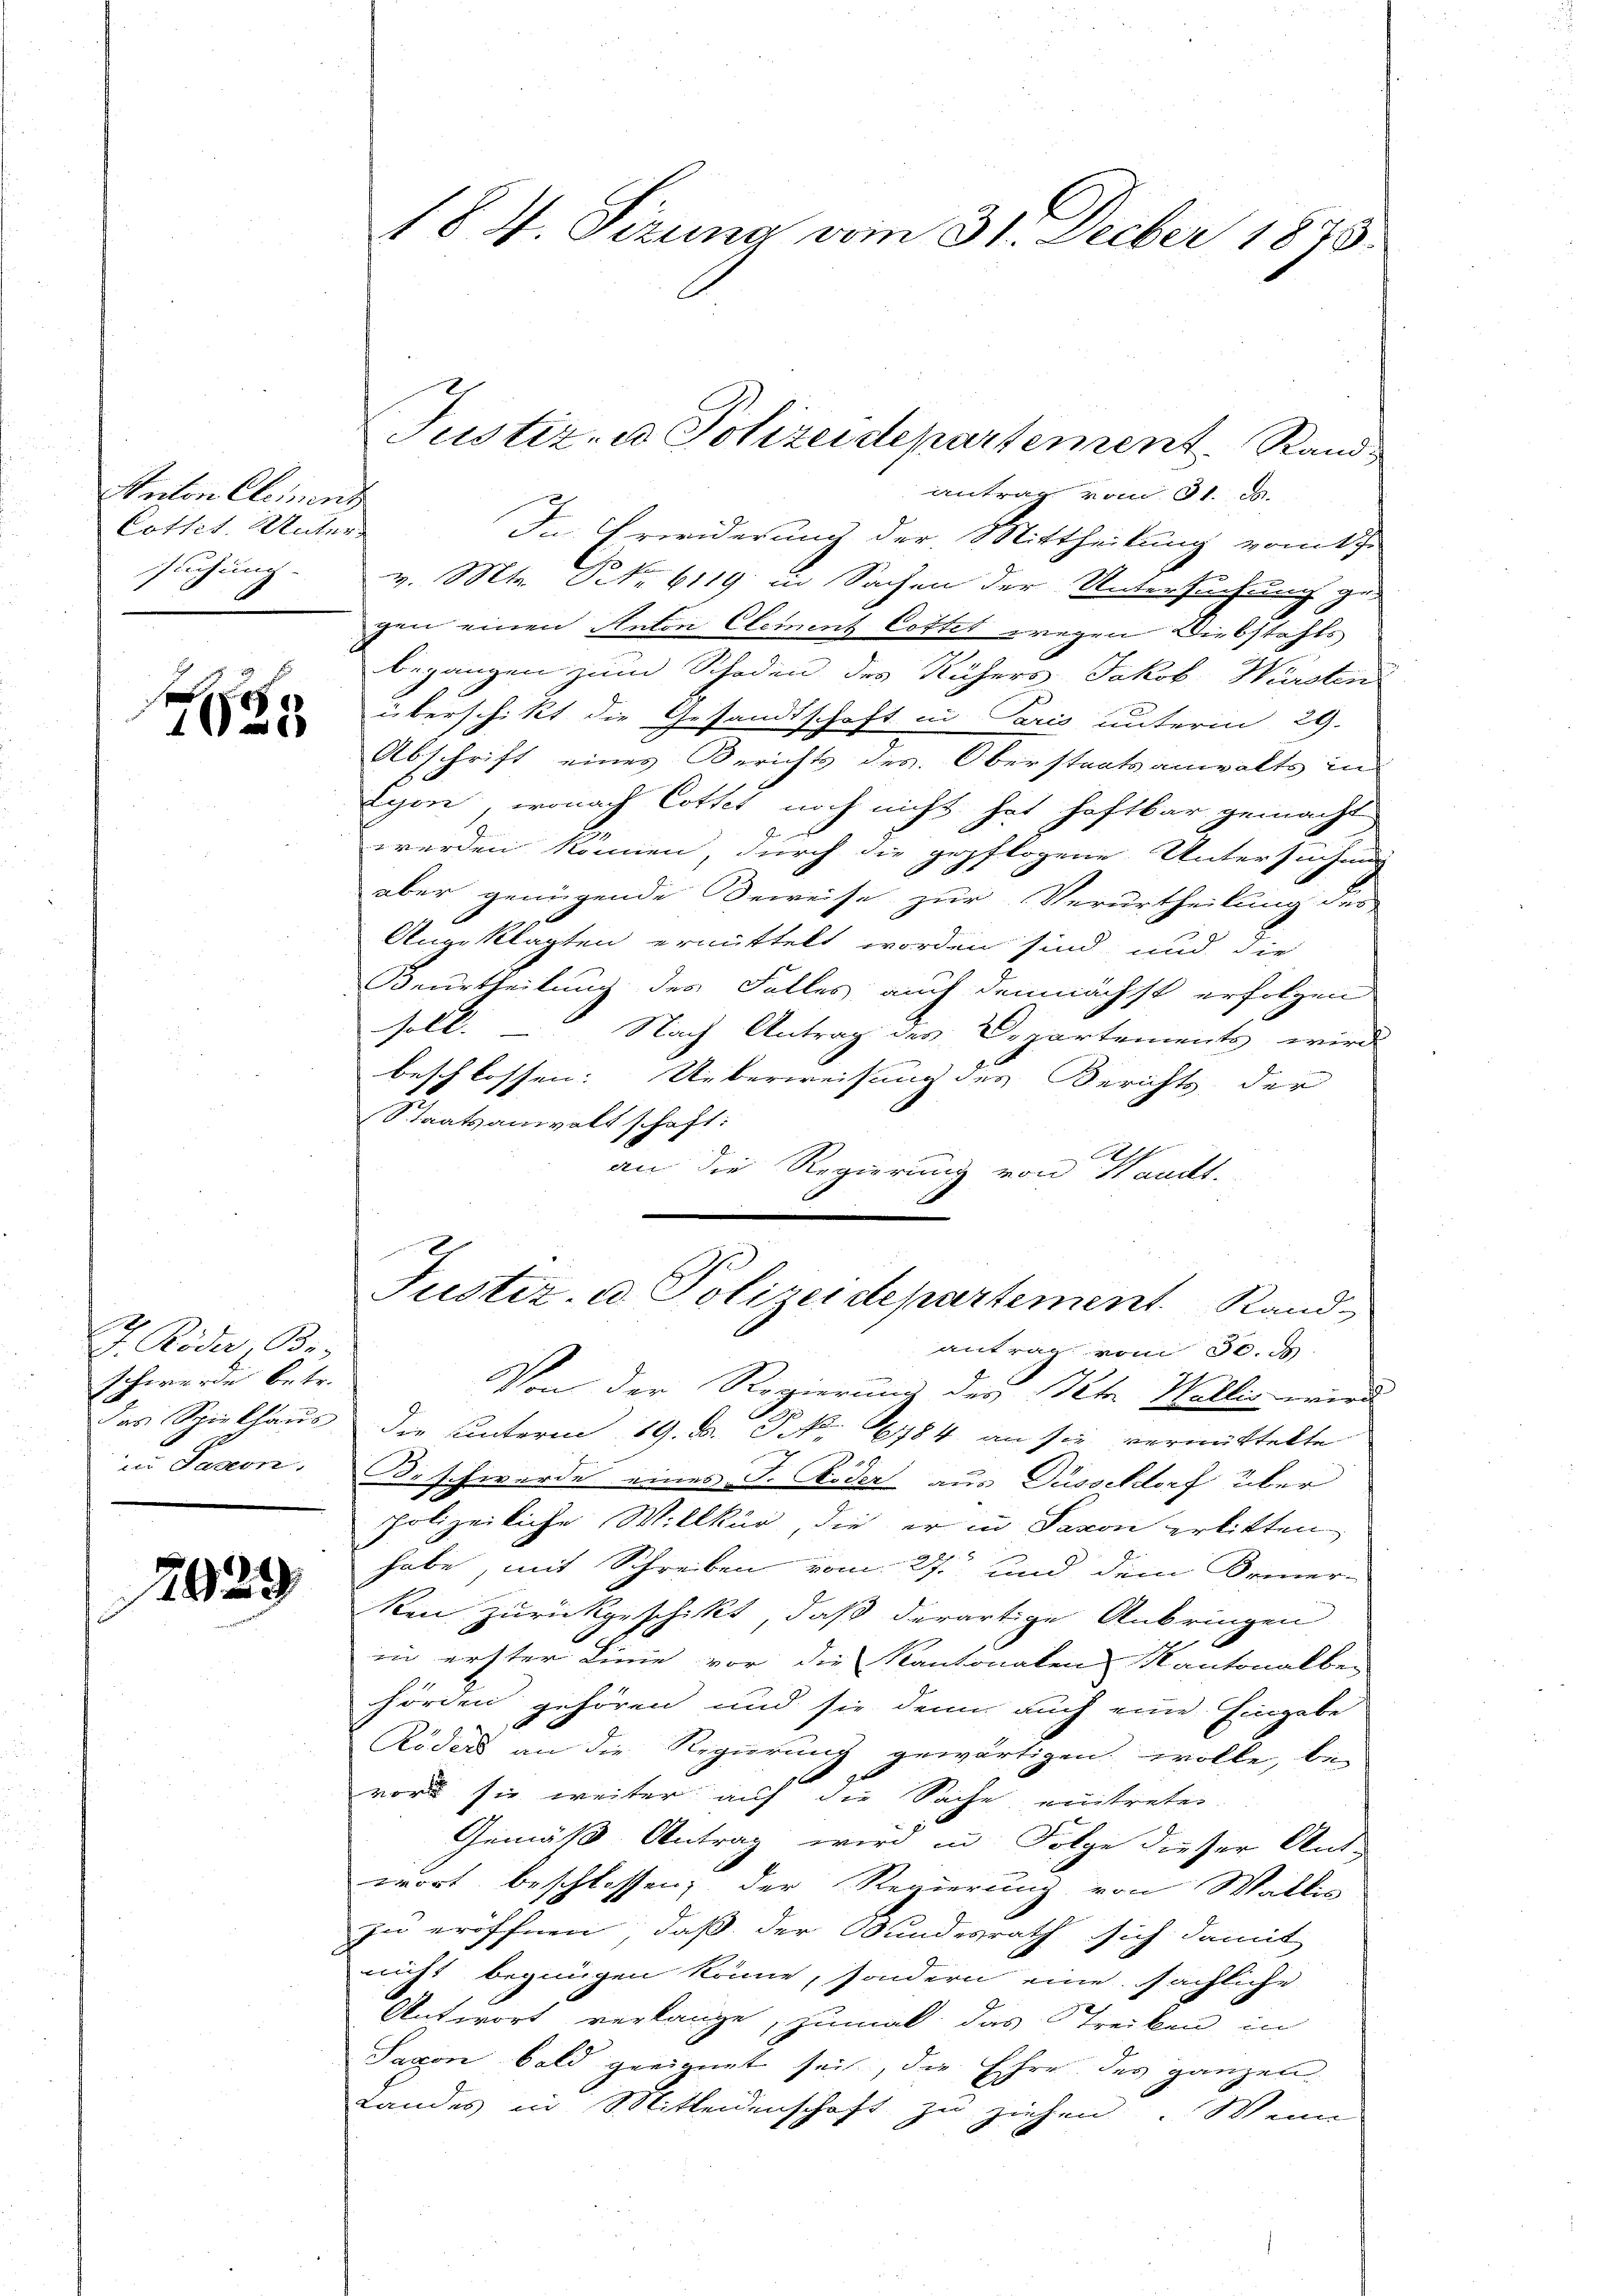
Anton Element
Cottet. Unter
suchung.

f
1

J. Rida, Be
schwerde betr.
in Pasion,

2029

18 V. Sizung vom 31. Decber 1875.

antrag vom 31. 2.
In Erwiderung der Mittheilung vom tie
v. Mtr. P. Nr. 6119 in Sachen der Untersuchung ge
gen einen Anton Clement Cottet wegen Diebstahls
begangen zum Schaden des Rühers Jakob Würden
überschikt die Gesandtschaft in Paris unterm 29.
Abschrift eines Berichts des Oberstaatsanwalts in
Lyon, wonach Cottet noch nicht hat haftbar gemacht
werden können, durch die gepflogene Untersuchung
aber genügende Beweise zur Verurtheilung der
Angeklagten ermittelt worden sind, und die
Beurtheilung des Falles auch demnächst erfolgen
soll.
Nach Antrag des Departements wird
beschlossen: Ueberweisung des Berichts der
Staatsanwaltschaft:
Ah.
an die Regierung von Handt.
Von der Regierung der Peter Wallis wird
das Spielhaus der unterm 19. F. P. Nr. 6784 an sie vermittelte

r schwerde eines J. Moder aus Düsseldorf über
polizeiliche Willkür, die er in Saxon erbitten
habe, mit Schreiben vom 27. und dem Bemer-
ken zurückgeschikt, daß derartige Anbringen
in erster Linie vor die Kantonalen Kantonalber
hörden gehören und sie denn auch eine Eingabe
t
Röders an die Regierung gewärtigen wolle, be-
p
vor sie weiter auf die Sache eintreten.
Gemäß Antrag wird in Folge dieser Ant-
wort beschlossen, der Regierung von Wallis
zu eröffnen, daß der Bundesrath sich damit
nicht begnügen könne, sondern eine sächliche
Antwort verlange, zumal das Strecken in
Saxon bald geeignet sei, die Ehre des ganzen
Landes in Mitleidenschaft zu ziehen. Wenn

Justiz- u Polizeidepartement. Rand

Justiz- u. Polizeidepartement Rand
antrag vom 30. d.